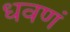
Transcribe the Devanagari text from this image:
धवणं